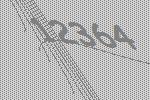
12364